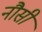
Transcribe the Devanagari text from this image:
नौसी